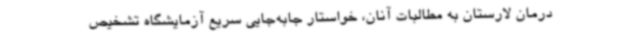
درمان لارستان به مطالبات آنان، خواستار جابه‌جایی سریع آزمایشگاه تشخیص